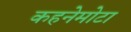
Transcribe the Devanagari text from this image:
कहनेमोटा